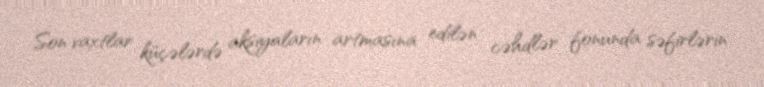
Son vaxtlar küçələrdə aksiyaların artmasına edilən cəhdlər fonunda səfirlərin